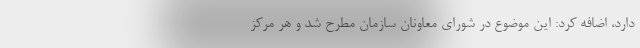
دارد، اضافه کرد: این موضوع در شورای معاونان سازمان مطرح شد و هر مرکز